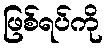
ဖြစ်ရပ်ကို